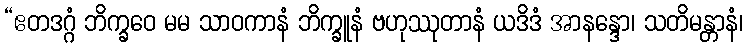
“ဧတဒဂ္ဂံ ဘိက္ခဝေ မမ သာဝကာနံ ဘိက္ခူနံ ဗဟုဿုတာနံ ယဒိဒံ အာနန္ဒော၊ သတိမန္တာနံ၊